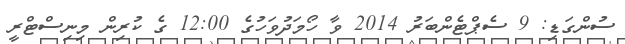
ސުންގަޑި: 9 ސެޕްޓެންބަރު 2014 ވާ ހޯމަދުވަހުގެ 12:00 ގެ ކުރިން މިނިސްޓްރީ